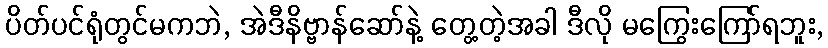
ပိတ်ပင်ရုံတွင်မကဘဲ, အဲဒီနိဗ္ဗာန်ဆော်နဲ့ တွေ့တဲ့အခါ ဒီလို မကြွေးကြော်ရဘူး,